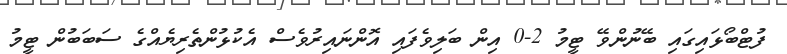
ފުޓްބޯޅައިގައި ބޭނުންވޭ ޓީމު 2-0 އިން ބަލިވެފައި އޮންނައިރުވެސް އެކުޅުންތެރިޔެއްގެ ސަބަބުން ޓީމު